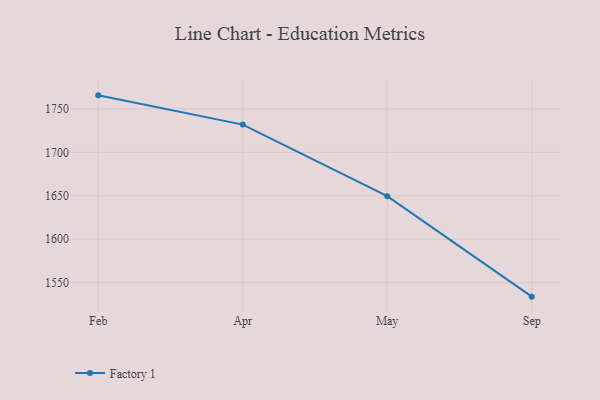
{"axis": {"x": "Month", "y": "Gross Profit (USD K)"}, "legend": ["Factory 1"], "data": [{"x": "Feb", "y": 1765.7, "type": "Factory 1"}, {"x": "Apr", "y": 1732.0, "type": "Factory 1"}, {"x": "May", "y": 1649.5, "type": "Factory 1"}, {"x": "Sep", "y": 1533.8, "type": "Factory 1"}]}